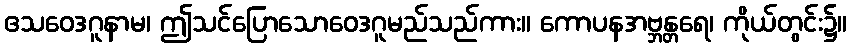
ဧသဝေဒဂူနာမ၊ ဤသင်ပြောသောဝေဒဂူမည်သည်ကား။ ကောပနအဗ္ဘန္တရေ၊ ကိုယ်တွင်း၌။